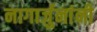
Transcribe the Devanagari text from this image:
नागार्जुनांनी